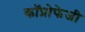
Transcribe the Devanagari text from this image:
कॉप्रोफेजी